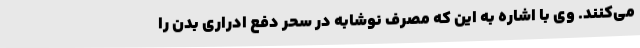
می‌کنند. وی با اشاره به این که مصرف نوشابه در سحر دفع ادراری بدن را